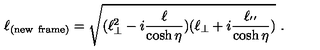
\ell _ { ( \mathrm { n e w \ f r a m e ) } } = \sqrt { ( \ell _ { \bot } ^ { 2 } - i \frac { \ell } { \cosh \eta } ) ( \ell _ { \bot } + i \frac { \ell _ { ' ^ { \prime } } } { \cosh \eta } ) } \ .